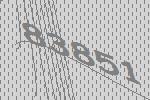
83851